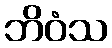
ဘိဝံသ